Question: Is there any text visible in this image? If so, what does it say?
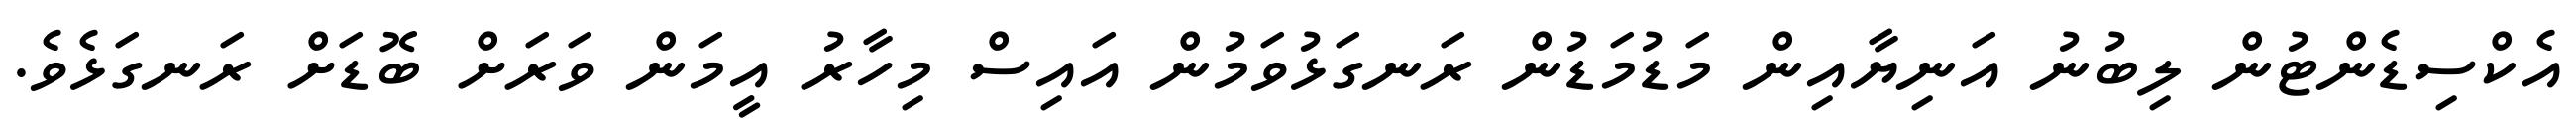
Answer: އެކްސިޑެންޓުން ލިބުނު އަނިޔާއިން މަޑުމަޑުން ރަނގަޅުވަމުން އައިސް މިހާރު އީމަން ވަރަށް ބޮޑަށް ރަނގަޅެވެ.